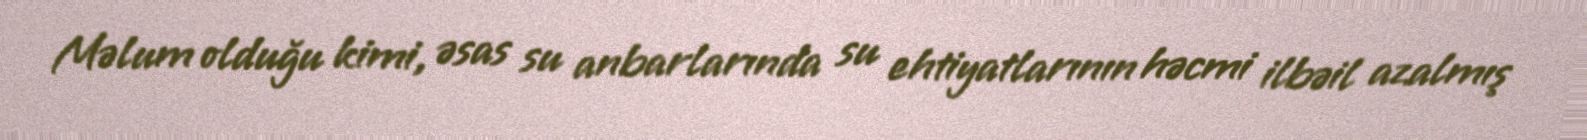
Məlum olduğu kimi, əsas su anbarlarında su ehtiyatlarının həcmi ilbəil azalmış